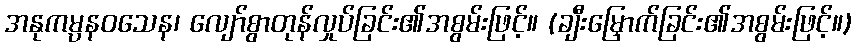
အနုကမ္ပနဝသေန၊ လျော်စွာတုန်လှုပ်ခြင်း၏အစွမ်းဖြင့်။ (ချီးမြှောက်ခြင်း၏အစွမ်းဖြင့်။)